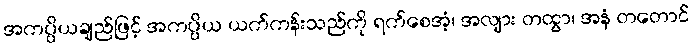
အကပ္ပိယချည်ဖြင့် အကပ္ပိယ ယက်ကန်းသည်ကို ရက်စေအံ့၊ အလျား တထွာ၊ အနံ တတောင်